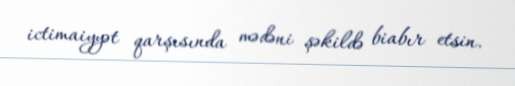
ictimaiyyət qarşısında mədəni şəkildə biabır etsin.